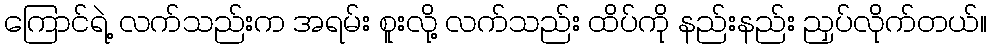
ကြောင်ရဲ့ လက်သည်းက အရမ်း စူးလို့ လက်သည်း ထိပ်ကို နည်းနည်း ညှပ်လိုက်တယ်။